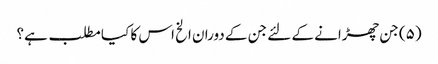
(۵) جن چھڑانے کے لئے جن کے دوران الخ اس کا کیا مطلب ہے؟